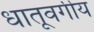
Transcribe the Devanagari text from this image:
धातूवर्गीय